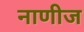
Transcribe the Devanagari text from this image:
नाणीज